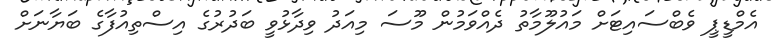
އެމްޑީޕީ ވެބްސައިޓަށް މައުލޫމާތު ދެއްވަމުން މޫސަ މިއަދު ވިދާޅުވީ ބަދުރުގެ އިސްތިއުފާގެ ބަޔާނަށް